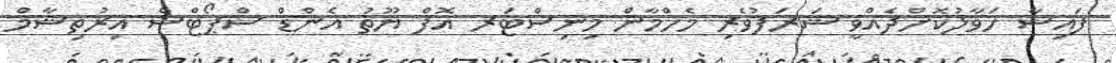
ފައިސާ ހަވާލުކޮށްދެއްވީ ޝަރަފުވެރި މެހްމާން މިނިސްޓަރ އޮފް ޔޫތު އެންޑް ސްޕޯޓްސް އިރުތިޝާމް